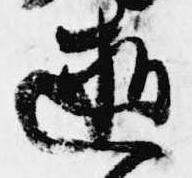
逝